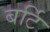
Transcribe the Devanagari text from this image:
बर्टि